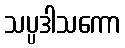
သပ္ပဒါသကော